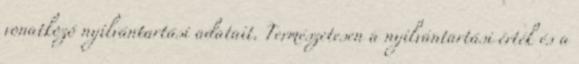
vonatkozó nyilvántartási adatait. Természetesen a nyilvántartási érték és a